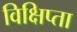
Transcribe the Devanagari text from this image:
विक्षिप्ता